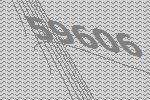
59606